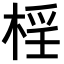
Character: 𣓆